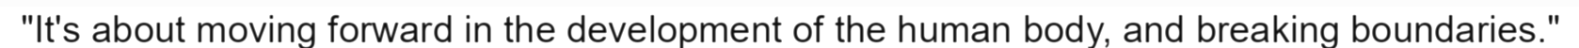
"It's about moving forward in the development of the human body, and breaking boundaries."